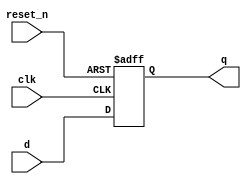
module _dff32(clk, reset_n, d, q);					// resettable 32bit flip flop
	input		clk, reset_n;								// 2 inputs
	input[31:0] d;											// 32bits input
	output[31:0] q;										// 32bits output
	reg [31:0]	q;											// 32bits reg
	
	always@(posedge clk or negedge reset_n)		// whenever clk is rising edge or reset is falling edge
	begin	
		if(reset_n==0) q<=32'b0;						// if reset = 0, q=0
		else q<=d;											// otherwise q=d
	end	
		
endmodule